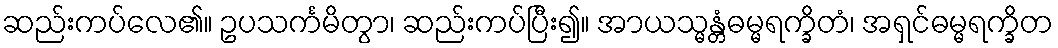
ဆည်းကပ်လေ၏။ ဥပသင်္ကမိတွာ၊ ဆည်းကပ်ပြီး၍။ အာယသ္မန္တံဓမ္မရက္ခိတံ၊ အရှင်ဓမ္မရက္ခိတ